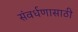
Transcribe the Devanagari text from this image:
संवर्धणासाठी